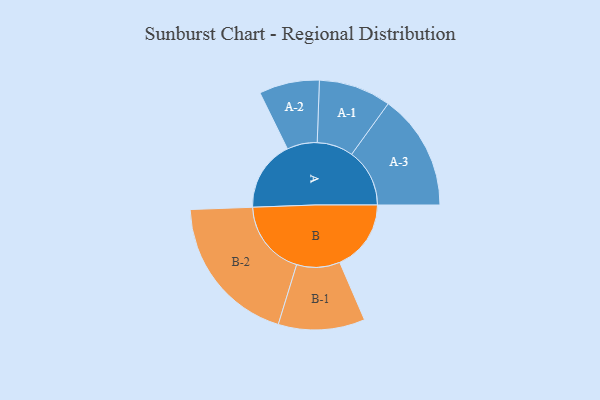
{"axis": {"x": "Segment", "y": "Value"}, "legend": ["", "A", "B"], "data": [{"x": "A", "y": 269, "type": ""}, {"x": "B", "y": 272, "type": ""}, {"x": "A-1", "y": 138, "type": "A"}, {"x": "A-2", "y": 115, "type": "A"}, {"x": "A-3", "y": 221, "type": "A"}, {"x": "B-1", "y": 165, "type": "B"}, {"x": "B-2", "y": 289, "type": "B"}]}